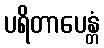
ပရိတာပေန္တံ